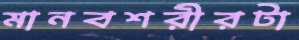
মানবশরীরটা